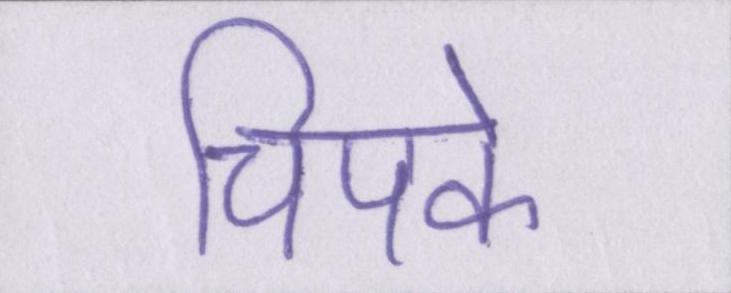
चिपके